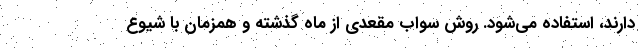
دارند، استفاده می‌شود. روش سواب مقعدی از ماه گذشته و همزمان با شیوع